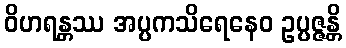
ဝိဟရန္တဿ အပ္ပကသိရေနေဝ ဥပ္ပဇ္ဇန္တိ